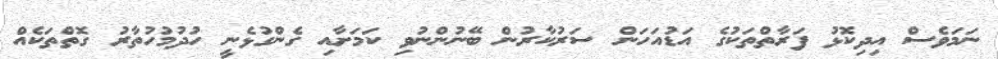
ނަމަވެސް އިދިކޮޅު ފަރާތްތަކުގެ އަޑުއަހަން ސަރުކާރުން ބޭނުންނުވި ކަމަށާއި ގެންގުޅެނީ ހުދުމުހުތާރު ގޮތްތަކެއް